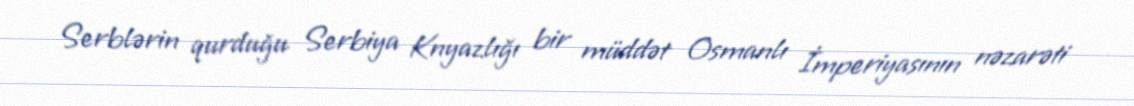
Serblərin qurduğu Serbiya Knyazlığı bir müddət Osmanlı İmperiyasının nəzarəti